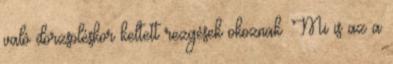
való dörzsöléskor keltett rezgések okoznak. Mi is az a